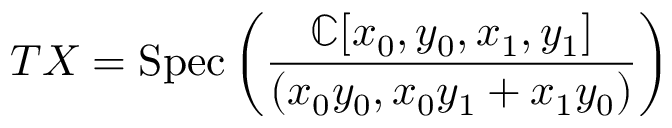
T X = { \mathrm { S p e c } } \left( { \frac { \mathbb { C } [ x _ { 0 } , y _ { 0 } , x _ { 1 } , y _ { 1 } ] } { ( x _ { 0 } y _ { 0 } , x _ { 0 } y _ { 1 } + x _ { 1 } y _ { 0 } ) } } \right)